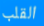
القلب